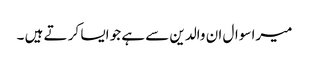
میرا سوال ان والدین سے ہے جو ایسا کر تے ہیں ۔